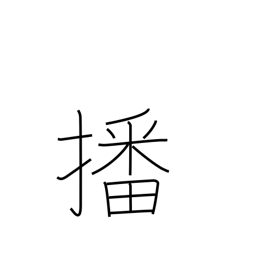
Meaning: sow